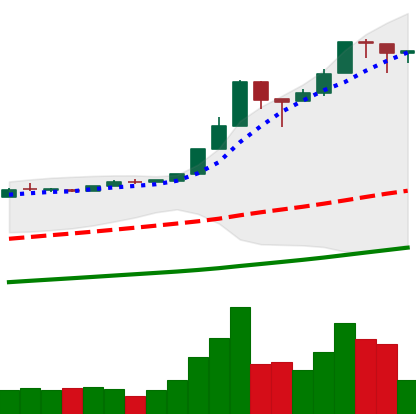
Ticker: BTC-USD
Chart end date: 2016-12-31
Forward return: 5.15%
Label: up_5_7